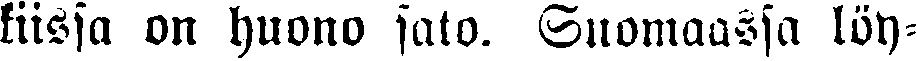
kiissa on huono sato. Suomaassa löy-